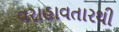
વરાહાવતારથી